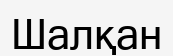
Шалқан